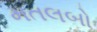
મતલબો